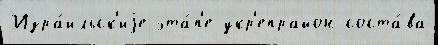
Изра́ильск'иjе эта́п'е укр'епрайон соста́ва